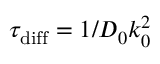
\tau _ { \mathrm { d i f f } } = 1 / D _ { 0 } k _ { 0 } ^ { 2 }